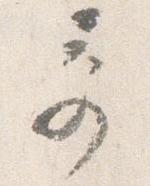
奇